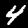
Digit: 4